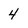
Character: 4